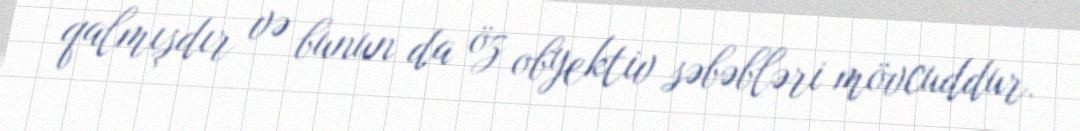
qalmışdır və bunun da öz obyektiv səbəbləri mövcuddur.